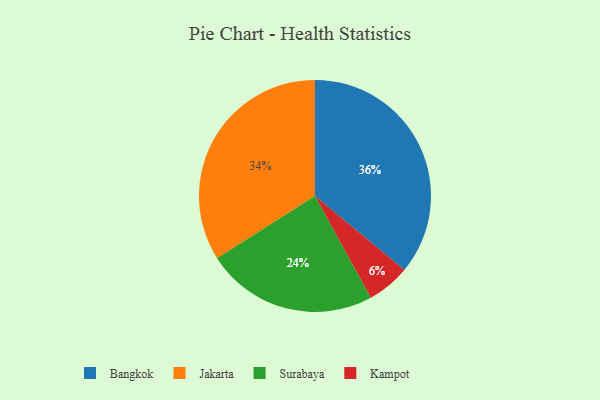
{"axis": {"x": "Category", "y": "Percentage"}, "legend": ["Bangkok", "Jakarta", "Kampot", "Surabaya"], "data": [{"x": "Kampot", "y": 6, "type": "Kampot"}, {"x": "Surabaya", "y": 24, "type": "Surabaya"}, {"x": "Jakarta", "y": 34, "type": "Jakarta"}, {"x": "Bangkok", "y": 36, "type": "Bangkok"}]}